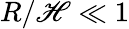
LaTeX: R/\mathscr{H}\ll1